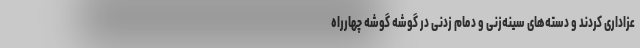
عزاداری کردند و دسته‌های سینه‌زنی و دمام زدنی در گوشه گوشه چهارراه